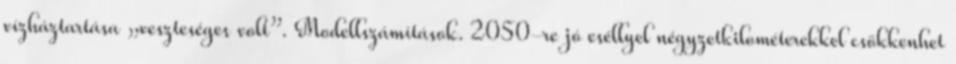
vízháztartása „veszteséges volt”. Modellszámítások. 2050-re jó eséllyel négyzetkilométerekkel csökkenhet